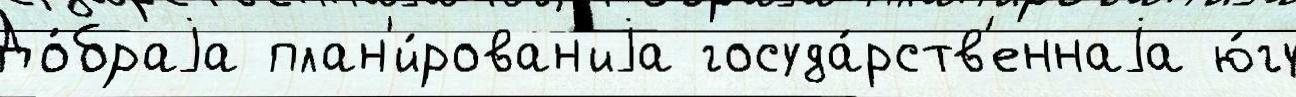
До́браjа план'и́рован'иjа госуда́рств'еннаjа ю́гу